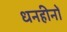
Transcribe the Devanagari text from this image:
धनहीनों